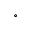
^ \circ